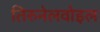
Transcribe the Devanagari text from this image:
तिरुनेलवोइल